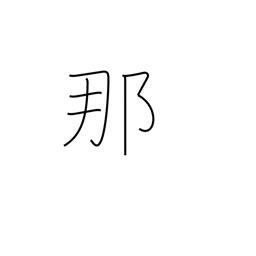
Meaning: what?